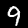
Label: 9